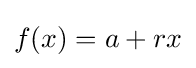
f(x)=a+rx